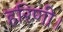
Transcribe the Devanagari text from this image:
हरिणी।